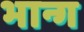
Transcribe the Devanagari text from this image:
भान्ग